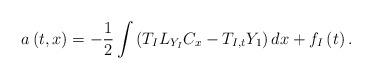
LaTeX: \begin{align*}a\left( t,x\right) =-\frac{1}{2}\int \left(T_{I}L_{Y_{I}}C_{x}-T_{I,t}Y_{1}\right) dx+f_{I}\left( t\right).\end{align*}